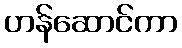
ဟန်ဆောင်ကာ